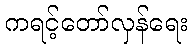
ကရင့်တော်လှန်ရေး